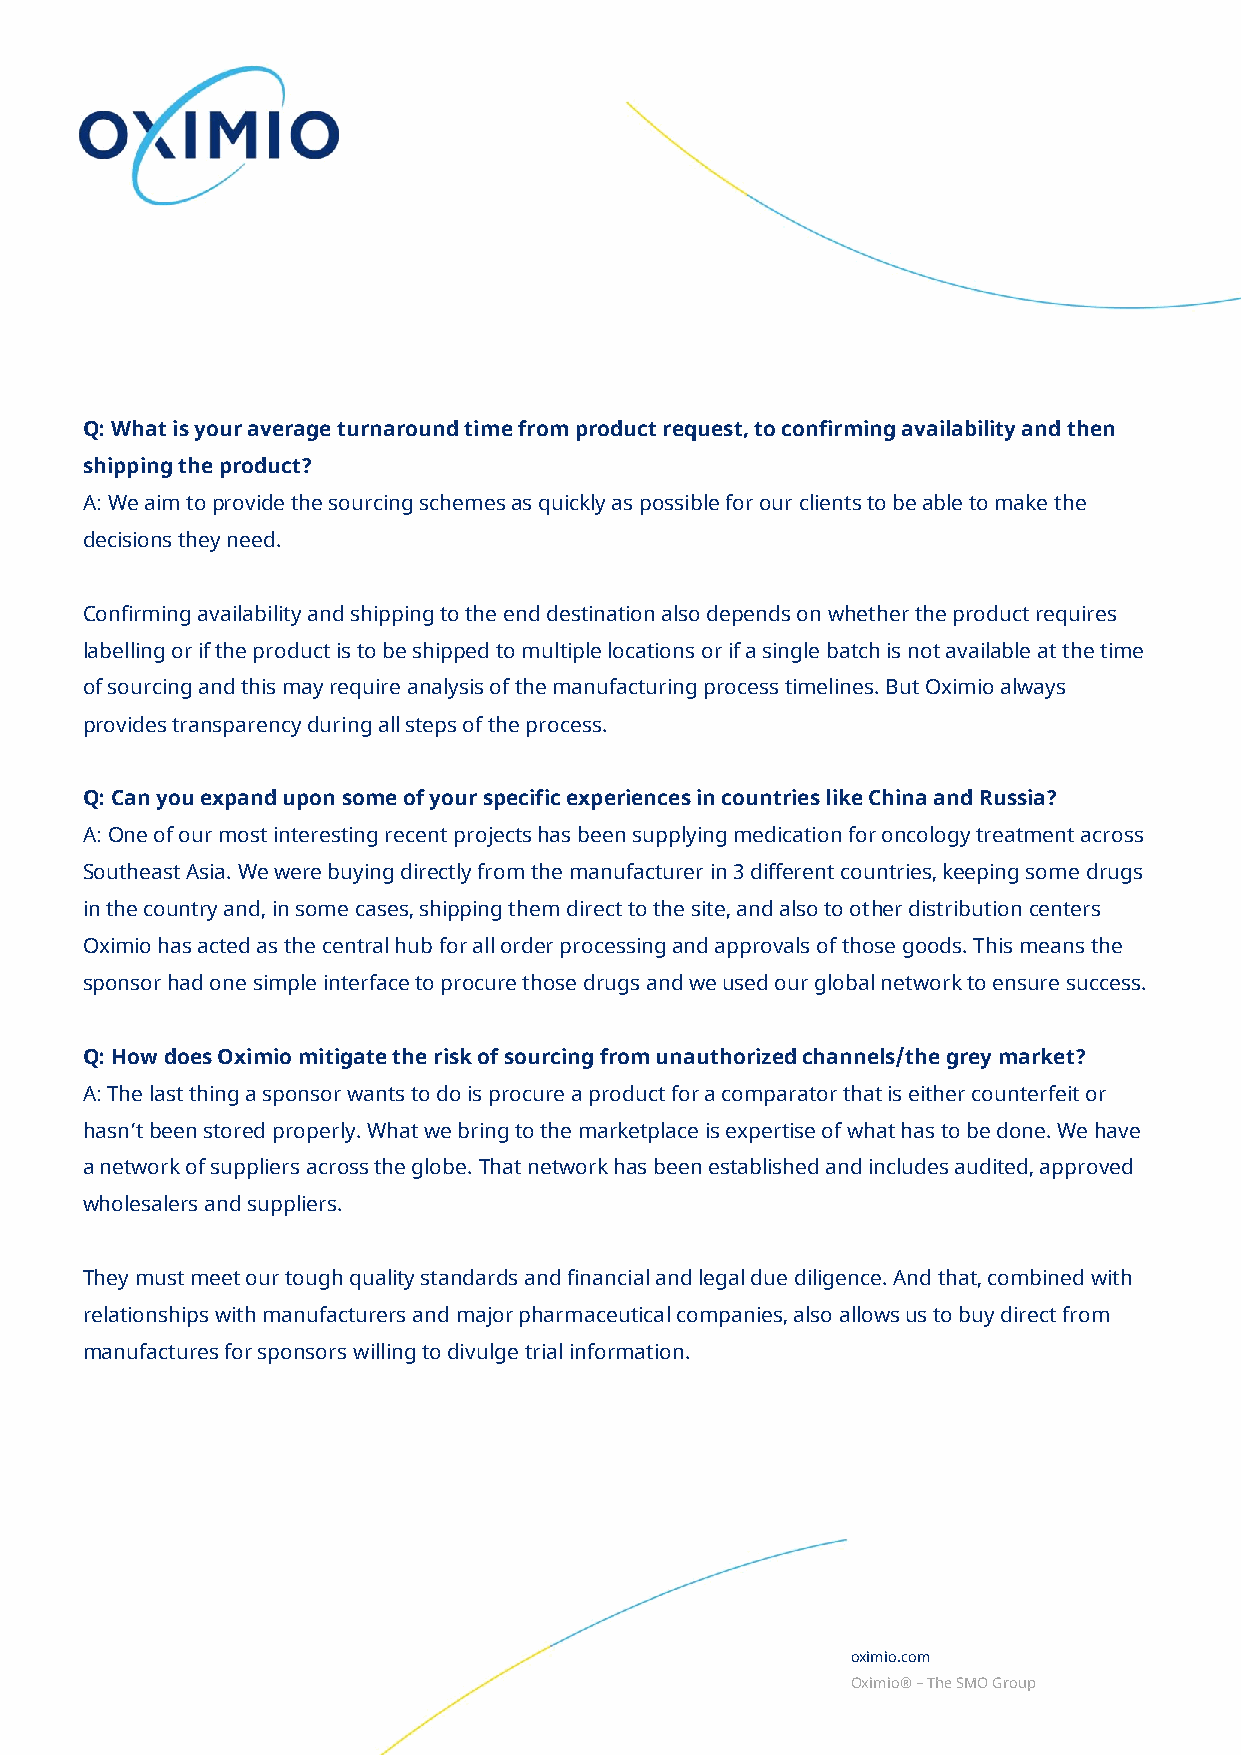
Q: What is your average turnaround time from product request, to confirming availability and then
 shipping the product?
 A: We aim to provide the sourcing schemes as quickly as possible for our clients to be able to make the
 decisions they need.
 Confirming availability and shipping to the end destination also depends on whether the product requires
 labelling or if the product is to be shipped to multiple locations or if a single batch is not available at the time
 of sourcing and this may require analysis of the manufacturing process timelines. But Oximio always
 provides transparency during all steps of the process.
 Q: Can you expand upon some of your specific experiences in countries like China and Russia?
 A: One of our most interesting recent projects has been supplying medication for oncology treatment across
 Southeast Asia. We were buying directly from the manufacturer in 3 different countries, keeping some drugs
 in the country and, in some cases, shipping them direct to the site, and also to other distribution centers
 Oximio has acted as the central hub for all order processing and approvals of those goods. This means the
 sponsor had one simple interface to procure those drugs and we used our global network to ensure success.
 Q: How does Oximio mitigate the risk of sourcing from unauthorized channels/the grey market?
 A: The last thing a sponsor wants to do is procure a product for a comparator that is either counterfeit or
 hasn’t been stored properly. What we bring to the marketplace is expertise of what has to be done. We have
 a network of suppliers across the globe. That network has been established and includes audited, approved
 wholesalers and suppliers.
 They must meet our tough quality standards and financial and legal due diligence. And that, combined with
 relationships with manufacturers and major pharmaceutical companies, also allows us to buy direct from
 manufactures for sponsors willing to divulge trial information.
 oximio.com
 Oximio® – The SMO Group